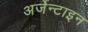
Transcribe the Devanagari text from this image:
अर्जेन्टाइन